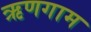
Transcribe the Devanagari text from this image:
ऋणगाम